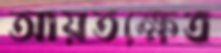
আয়তক্ষেত্র